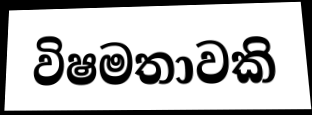
විෂමතාවකි